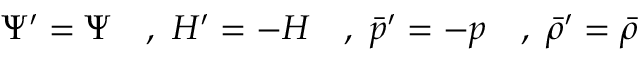
\Psi ^ { \prime } = \Psi \quad , ~ H ^ { \prime } = - H \quad , ~ { \bar { p } ^ { \prime } } = - p \quad , ~ { \bar { \rho } ^ { \prime } } = { \bar { \rho } }